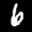
Label: 6